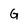
Character: G